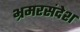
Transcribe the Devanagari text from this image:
भ्रमरसंदेश